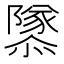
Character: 𨽎